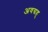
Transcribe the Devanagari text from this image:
अवग्रह्